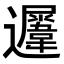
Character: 𨙈